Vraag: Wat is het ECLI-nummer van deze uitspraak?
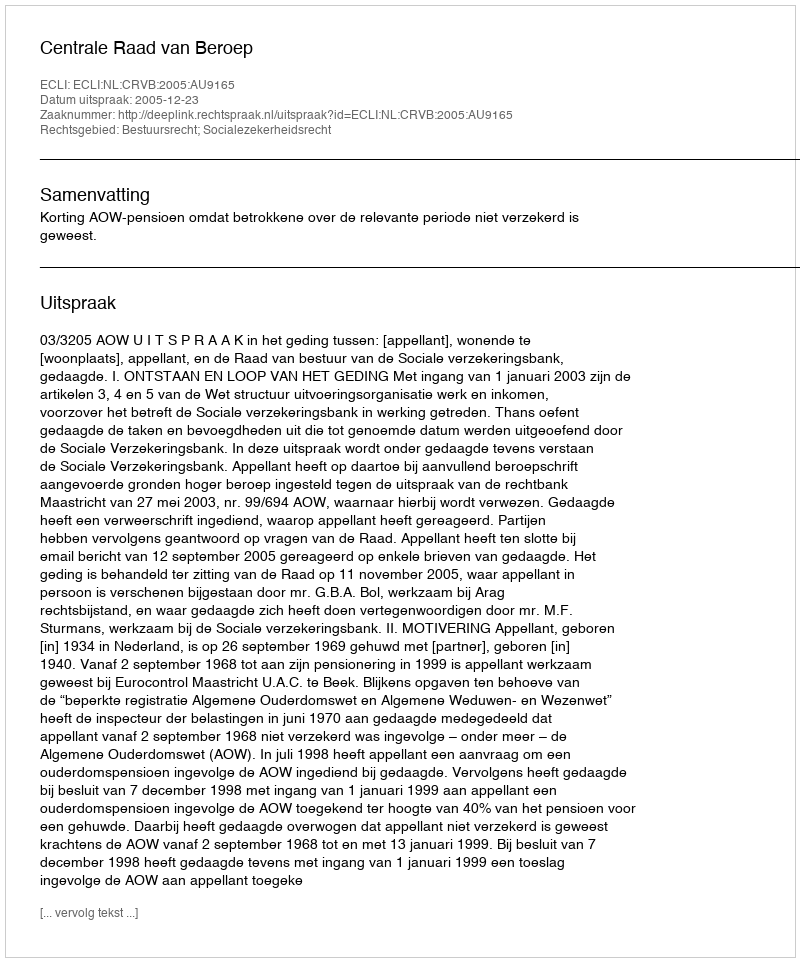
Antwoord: ECLI:NL:CRVB:2005:AU9165